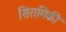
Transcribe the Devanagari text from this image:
सिरामिकी